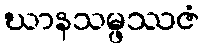
ဃာနသမ္ဖဿဇံ